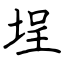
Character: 埕